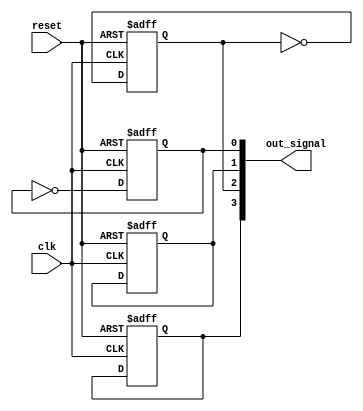
module generate_loop_example #(parameter NUM_INSTANCES = 4) (
    input wire clk,
    input wire reset,
    output reg [NUM_INSTANCES-1:0] out_signal
);

    // Generate variable
    genvar i;

    // Behavioral modeling block using a generate loop
    generate
        for (i = 0; i < NUM_INSTANCES; i = i + 1) begin : instance_loop
            always @(posedge clk or posedge reset) begin
                if (reset) begin
                    out_signal[i] <= 1'b0; // Reset output signal
                end else begin
                    // Conditional logic for indefinite execution
                    if (some_condition(i)) begin
                        out_signal[i] <= ~out_signal[i]; // Toggle output signal
                    end
                end
            end
        end
    endgenerate

    // Example condition function (can be modified as per requirement)
    function some_condition(input integer index);
        // Define condition based on index (for example)
        some_condition = (index % 2 == 0); // Example condition: toggle for even indices
    endfunction

endmodule